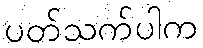
ပတ်သက်ပါက